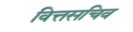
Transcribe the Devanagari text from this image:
वित्तसचिव